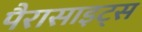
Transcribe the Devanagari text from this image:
पैरासाइट्स